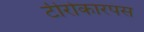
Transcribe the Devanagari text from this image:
टीरोकारपस